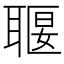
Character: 𦖧